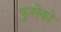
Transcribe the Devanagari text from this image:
फुसेको